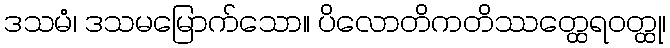
ဒသမံ၊ ဒသမမြောက်သော။ ပိလောတိကတိဿတ္ထေရဝတ္ထု၊